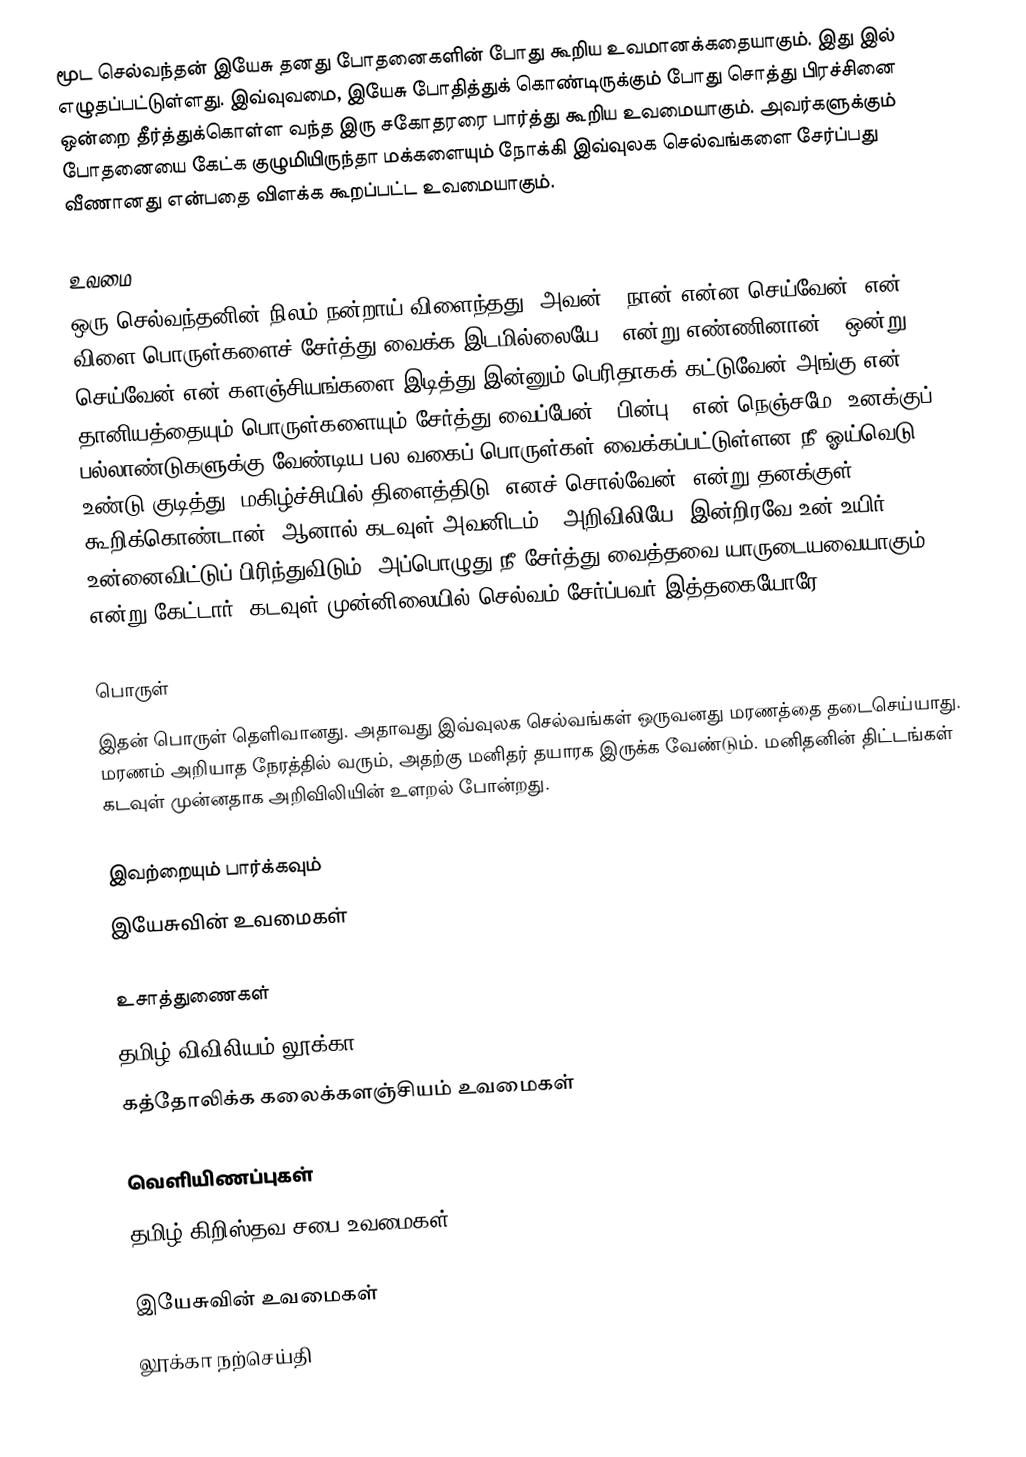
மூட செல்வந்தன் இயேசு தனது போதனைகளின் போது கூறிய உவமானக்கதையாகும். இது  இல் எழுதப்பட்டுள்ளது. இவ்வுவமை, இயேசு போதித்துக் கொண்டிருக்கும் போது சொத்து பிரச்சினை ஒன்றை தீர்த்துக்கொள்ள வந்த இரு சகோதரரை பார்த்து கூறிய உவமையாகும். அவர்களுக்கும் போதனையை கேட்க குழுமியிருந்தா மக்களையும் நோக்கி இவ்வுலக செல்வங்களை சேர்ப்பது வீணானது என்பதை விளக்க கூறப்பட்ட உவமையாகும்.

உவமை
ஒரு செல்வந்தனின் நிலம் நன்றாய் விளைந்தது. அவன், "நான் என்ன செய்வேன்? என் விளை பொருள்களைச் சேர்த்து வைக்க இடமில்லையே." என்று எண்ணினான். "ஒன்று செய்வேன் என் களஞ்சியங்களை இடித்து இன்னும் பெரிதாகக் கட்டுவேன் அங்கு என் தானியத்தையும் பொருள்களையும் சேர்த்து வைப்பேன்". பின்பு, "என் நெஞ்சமே, உனக்குப் பல்லாண்டுகளுக்கு வேண்டிய பல வகைப் பொருள்கள் வைக்கப்பட்டுள்ளன நீ ஓய்வெடு உண்டு குடித்து, மகிழ்ச்சியில் திளைத்திடு" எனச் சொல்வேன்" என்று தனக்குள் கூறிக்கொண்டான். ஆனால் கடவுள் அவனிடம், "அறிவிலியே, இன்றிரவே உன் உயிர் உன்னைவிட்டுப் பிரிந்துவிடும். அப்பொழுது நீ சேர்த்து வைத்தவை யாருடையவையாகும்?" என்று கேட்டார். கடவுள் முன்னிலையில் செல்வம் சேர்ப்பவர் இத்தகையோரே.

பொருள்
இதன் பொருள் தெளிவானது. அதாவது இவ்வுலக செல்வங்கள் ஒருவனது மரணத்தை தடைசெய்யாது. மரணம் அறியாத நேரத்தில் வரும், அதற்கு மனிதர் தயாரக இருக்க வேண்டும். மனிதனின் திட்டங்கள் கடவுள் முன்னதாக அறிவிலியின் உளறல் போன்றது.

இவற்றையும் பார்க்கவும்
 இயேசுவின் உவமைகள்

உசாத்துணைகள்
 தமிழ் விவிலியம் லூக்கா
 கத்தோலிக்க கலைக்களஞ்சியம் உவமைகள்

வெளியிணப்புகள்
 தமிழ் கிறிஸ்தவ சபை  உவமைகள்

இயேசுவின் உவமைகள்
லூக்கா நற்செய்தி